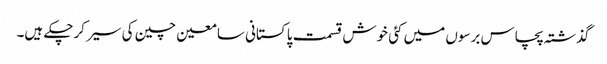
گذشتہ پچاس برسوں میں کئی خوش قسمت پاکستانی سامعین چین کی سیر کرچکے ہیں۔